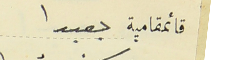
قائمقامية بعبدا